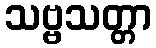
သဗ္ဗသတ္တာ